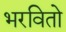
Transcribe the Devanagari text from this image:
भरवितो